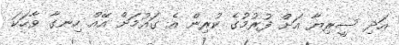
އަދި ސީރިޔާ އަށް ފުރުމުގެ ކުރިން އެ ގައުމަށް އޭއް ހިނގާ ވާހަކަ